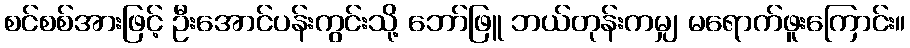
စင်စစ်အားဖြင့် ဦးအောင်ပန်းကွင်းသို့ ဘော်ဖြူ ဘယ်တုန်းကမျှ မရောက်ဖူးကြောင်း။